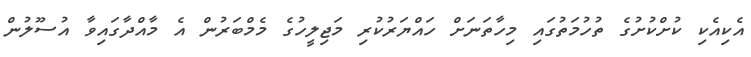
އެކިއެކި ކުށްކުށުގެ ތުހުމަތުގައި މިހާތަނަށް ހައްޔަރުކުރި މަޖިލީހުގެ މެމްބަރުން އެ މާއްދާގައިވާ އުސޫލުން